Annual returns of the Patna Lunatic Asylum at Bankipore in Bihar and Orissa - 1912-1924
Year: 1912
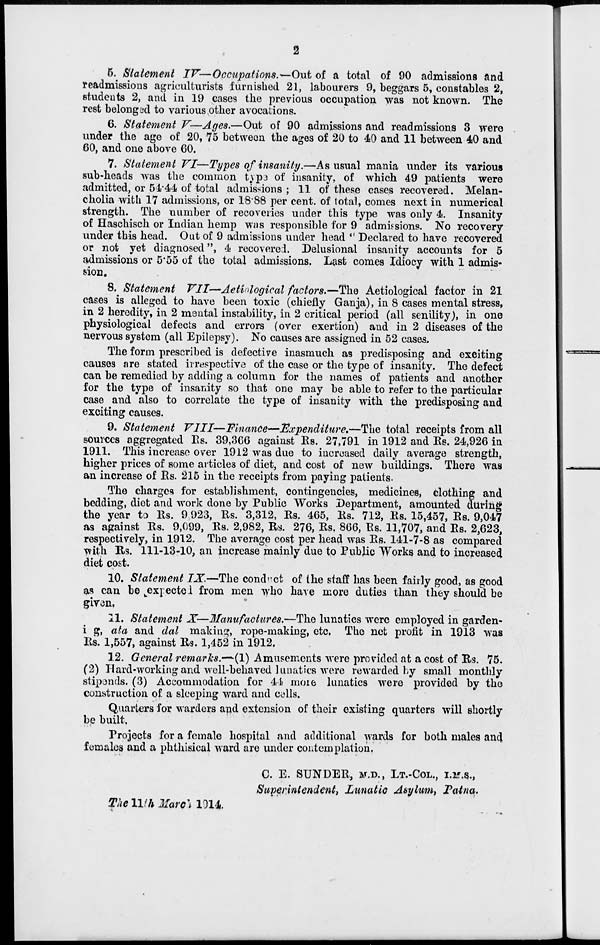
2
5. Statement IV—Occupations.—Out
of a total of 90 admissions and
readmissions agriculturists furnished 21, labourers 9, beggars 5, constables 2,
students 2, and in 19 cases the previous occupation was not known. The
rest belonged to various other avocations.
6. Statement V—Ages.—Out of 90 admissions and readmissions 3 were
under the age of 20, 75 between the ages of 20 to 40 and 11 between 40 and
60, and one above 60.
7. Statement VI—Types of insanity.—As usual mania under its various
sub-heads was the common type of insanity, of which 49 patients were
admitted, or 54.44 of total admissions ; 11 of these cases recovered. Melan-
cholia with 17 admissions, or 18.88 per cent. of total, comes next in numerical
strength. The number of recoveries under this type was only 4. Insanity
of Haschisch or Indian hemp was responsible for 9 admissions. No recovery
under this head. Out of 9 admissions under head " Declared to have recovered
or not yet diagnosed", 4 recovered. Delusional insanity accounts for 5
admissions or 5.55 of the total admissions. Last comes Idiocy with 1 admis-
sion.
8. Statement VII—Aetiological factors.—The Aetiological factor in 21
cases is alleged to have been toxic (chiefly Ganja), in 8 cases mental stress,
in 2 heredity, in 2 mental instability, in 2 critical period (all senility), in one
physiological defects and errors (over exertion) and in 2 diseases of the
nervous system (all Epilepsy). No causes are assigned in 52 cases.
The form prescribed is defective inasmuch as predisposing and exciting
causes are stated irrespective of the case or the type of insanity. The defect
can be remedied by adding a column for the names of patients and another
for the type of insanity so that one may be able to refer to the particular
case and also to correlate the type of insanity with the predisposing and
exciting causes.
9. Statement VIII—Finance—Expenditure.—The
total receipts from all
sources aggregated Rs. 39,366 against Rs. 27,791 in 1912 and Rs. 24,926 in
1911. This increase over 1912 was due to increased daily average strength,
higher prices of some articles of diet, and cost of new buildings. There was
an increase of Rs. 215 in the receipts from paying patients.
The charges for establishment, contingencies, medicines, clothing and
bedding, diet and work done by Public Works Department, amounted during
the year to Rs. 9,923, Rs. 3,312, Rs. 465, Rs. 712, Rs. 15,457, Rs. 9,047
as against Rs. 9,099, Rs. 2,982, Rs. 276, Rs, 866, Rs. 11,707, and Rs. 2,623,
respectively, in 1912. The average cost per head was Rs. 141-7-8 as compared
with Rs. 111-13-10, an increase mainly due to Public Works and to increased
diet cost.
10. Statement IX.—The conduct of the staff has been fairly good, as good
as can be expected from men who have more duties than they should be
given.
11. Statement X—Manufactures.—The lunatics were employed in garden¬
ing, ata and dal making, rope-making, etc. The net profit in 1913 was
Rs. 1,557, against Rs. 1,452 in 1912.
12. General remarks.—(1) Amusements were provided at a cost of Rs. 75.
(2) Hard-working and well-behaved lunatics were rewarded by small monthly
stipends. (3) Accommodation for 44 more lunatics were provided by the
construction of a sleeping ward and cells.
Quarters for warders and extension of their existing quarters will shortly
be built.
Projects for a female hospital and additional wards for both males and
females and a phthisical ward are under contemplation.
C. E. SUNDER, M.D., LT.-COL., I.M.S.,
Superintendent, Lunatic Asylum, Patna.
The 11th March 1914.